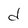
Character: d